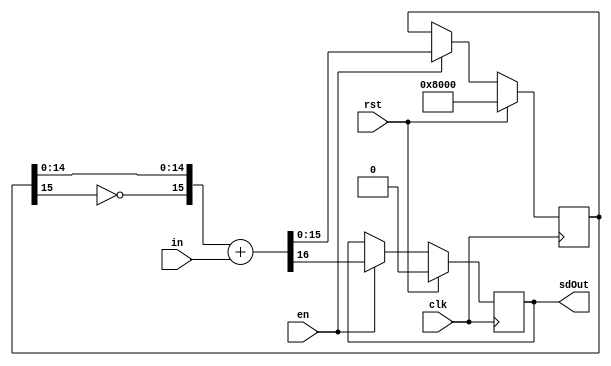
module SigmaDelta1stOrder #(
    parameter IS_LIMITED = 0,   ///< 1 if input is limited in range
    parameter IN_WIDTH   = 16,  ///< Width of input
    parameter OUT_WIDTH  = 1    ///< Width of sigma-delta compressed output
) 
(
    input clk,
    input rst,
    input en,
    input signed [IN_WIDTH-1:0] in,
    output signed [OUT_WIDTH-1:0] sdOut
);

localparam LIMIT = (IS_LIMITED && (OUT_WIDTH != 1)) ? 1 : 0;

localparam ACC_MSB = LIMIT ? (IN_WIDTH-OUT_WIDTH-1) : (IN_WIDTH-OUT_WIDTH);

reg [ACC_MSB:0] acc;
reg signed [OUT_WIDTH-1:0] sd;

initial begin
    acc = 'd0;
    sd = 'd0;
end

assign unsignedIn = {in[IN_WIDTH-1], in[IN_WIDTH-2:0]};

always @(posedge clk) begin
    if (rst) begin
        acc <= 1 << (ACC_MSB);
        sd  <= 'd0;
    end else if (en) begin
        if (LIMIT) begin
            {sd, acc} <= $signed({1'b0, acc}) + in;
        end
        else if (OUT_WIDTH > 1) begin
            {sd, acc} <= $signed({1'b0, ~acc[ACC_MSB], acc[ACC_MSB-1:0]}) + in;
        end
        else begin
            {sd, acc} <= $signed({~acc[ACC_MSB], acc[ACC_MSB-1:0]}) + in;
        end
    end
end

assign sdOut = sd;

endmodule